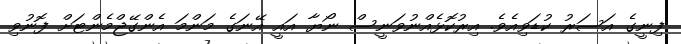
ފިނީގެ އަސަރު ކުޑަވިއެވެ. އިރުކޮޅެއްނުވަނީސް ނޯޔާ އައީ އޭނަގެ މަންމަ އެންގޭޖްމެންޓަށް ފޮނުވި